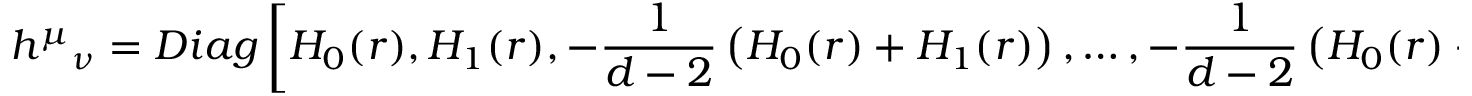
{ h ^ { \mu } } _ { \nu } = D i a g \left[ H _ { 0 } ( r ) , H _ { 1 } ( r ) , - \frac { 1 } { d - 2 } \left( H _ { 0 } ( r ) + H _ { 1 } ( r ) \right) , \ldots , - \frac { 1 } { d - 2 } \left( H _ { 0 } ( r ) + H _ { 1 } ( r ) \right) \right] ,